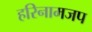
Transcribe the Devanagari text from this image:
हरिनामजप